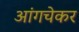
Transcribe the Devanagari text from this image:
आंगचेकर